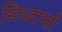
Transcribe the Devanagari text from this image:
सिध्दान्तो